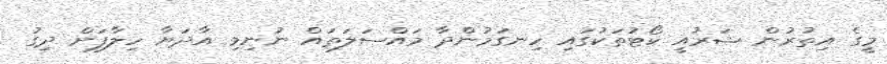
މީގެ އިތުރުން ޝަރުއީ ކޯޓުތަކުގައި ހިނގަމުންދާ މައްސަލަތައް ނުނިމި އާދަޔާ ހިލާފަށް ދިގު